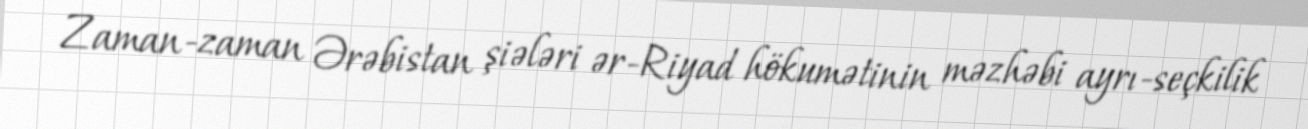
Zaman-zaman Ərəbistan şiələri ər-Riyad hökumətinin məzhəbi ayrı-seçkilik